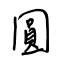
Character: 圓